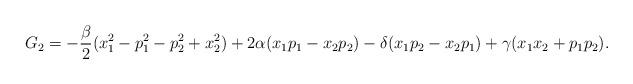
LaTeX: \begin{align*}G_2=-\frac{\beta}{2}(x_1^2-p_1^2-p_2^2+x_2^2)+2\alpha (x_1p_1-x_2p_2)-\delta (x_1p_2-x_2p_1)+\gamma (x_1x_2+p_1p_2).\end{align*}